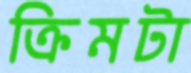
ক্রিমটা